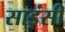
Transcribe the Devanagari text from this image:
साइंसी